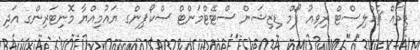
ޑީތައް ޗެކްލިސްޓް ރިވިއު ފޯމް ޑިޒިޝަން ސްޓޭޓްމަންޓް ސްކޯޕިންގ ޔައުމިއްޔާ މޮނިޓަރިންގ އަދި